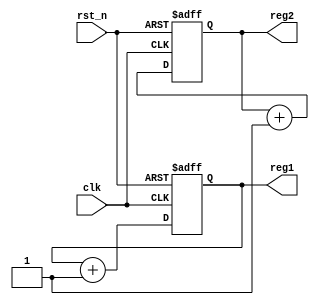
module ParameterFocusedInit #(
    parameter INIT_VALUE_1 = 8'h00,  // Default initialization value for register 1
    parameter INIT_VALUE_2 = 16'h0000 // Default initialization value for register 2
)(
    input wire clk,                   // Clock signal
    input wire rst_n,                 // Active-low reset signal
    output reg [7:0] reg1,            // Internal register 1
    output reg [15:0] reg2             // Internal register 2
);

    // Initialization block
    initial begin
        reg1 = INIT_VALUE_1;           // Initialize reg1 with parameter value
        reg2 = INIT_VALUE_2;           // Initialize reg2 with parameter value
    end

    // Reset condition
    always @(posedge clk or negedge rst_n) begin
        if (!rst_n) begin
            reg1 <= INIT_VALUE_1;       // Reset reg1 to parameter value
            reg2 <= INIT_VALUE_2;       // Reset reg2 to parameter value
        end else begin
            // Core functionality can be implemented here
            // For example, incrementing reg1 and reg2
            reg1 <= reg1 + 1;
            reg2 <= reg2 + 1;
        end
    end

endmodule